Scottish assistants in French and German schools and colleges, 1938
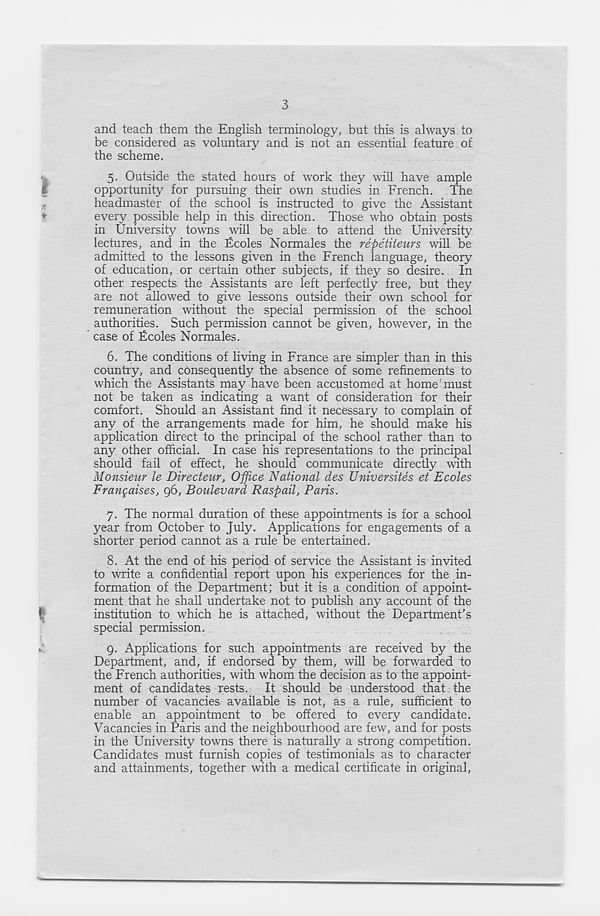
3
and teach them the English terminology, but this is always to
be considered as voluntary and is not an essential feature of
the scheme.
5. Outside the stated hours of work they will have ample
opportunity for pursuing their own studies in French. The
headmaster of the school is instructed to give the Assistant
every possible help in this direction. Those who obtain posts
in University towns will be able to attend the University
lectures, and in the Ecoles Normales the repetiteurs will be
admitted to the lessons given in the French language, theory
of education, or certain other subjects, if they so desire. In
other respects the Assistants are left perfectly free, but they
are not allowed to give lessons outside their own school for
remuneration without the special permission of the school
authorities. Such permission cannot be given, however, in the
case of Fcoles Normales.
6. The conditions of living in France are simpler than in this
country, and consequently the absence of some refinements to
which the Assistants may have been accustomed at home must
not be taken as indicating a want of consideration for their
comfort. Should an Assistant find it necessary to complain of
any of the arrangements made for him, he should make his
application direct to the principal of the school rather than to
any other official. In case his representations to the principal
should fail of effect, he should communicate directly with
Monsieur le Directeur, Office National des Universites et Ecoles
Frangaises, 96, Boulevard Raspail, Paris.
7. The normal duration of these appointments is for a school
year from October to July. Applications for engagements of a
shorter period cannot as a rule be entertained.
8. At the end of his period of service the Assistant is invited
to write a confidential report upon his experiences for the in-
formation of the Department; but it is a condition of appoint-
ment that he shall undertake not to publish any account of the
institution to which he is attached, without the Department’s
special permission.
9. Applications for such appointments are received by the
Department, and, if endorsed by them, will be forwarded to
the French authorities, with whom the decision as to the appoint-
ment of candidates rests. It should be understood that the
number of vacancies available is not, as a rule, sufficient to
enable an appointment to be offered to every candidate.
Vacancies in Paris and the neighbourhood are few, and for posts
in the University towns there is naturally a strong competition.
Candidates must furnish copies of testimonials as to character
and attainments, together with a medical certificate in original,